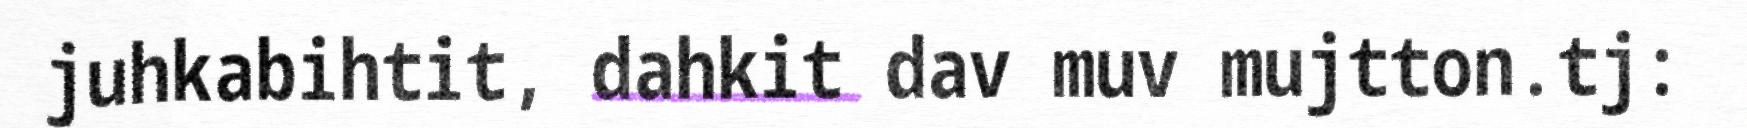
juhkabihtit, dahkit dav muv mujtton.tj: